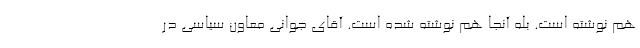
هم نوشته است. بله آنجا هم نوشته شده است. آقای جوانی معاون سیاسی در